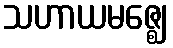
သဟာယမဇ္ဈေ